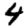
Digit: 4